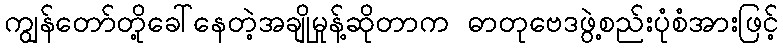
ကျွန်တော်တို့ခေါ်နေတဲ့အချိုမှုန့်ဆိုတာက ဓာတုဗေဒဖွဲ့စည်းပုံစံအားဖြင့်